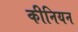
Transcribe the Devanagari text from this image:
कीनियन